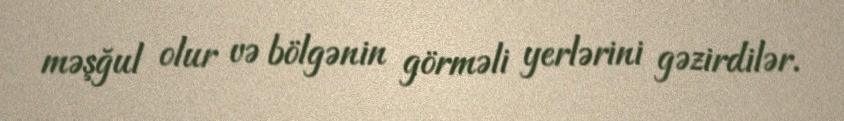
məşğul olur və bölgənin görməli yerlərini gəzirdilər.